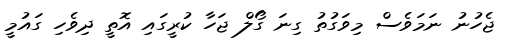
ޖެހުނު ނަމަވެސް މިވަގުތު ގިނަ ގޯލް ޖަހާ ކުރީގައި އޮތީ ދިވެހި ގައުމީ